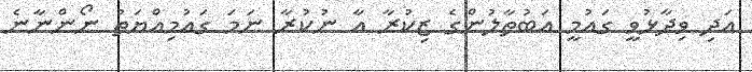
އަދި ވިދާޅުވީ ގައުމީ އަބުތާލުންގެ ޒިކުރާ އާ ނުކުރާ ނަމަ ގައުމިއްޔަތު ނޯންނާނެ